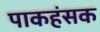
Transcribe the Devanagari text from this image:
पाकहंसक